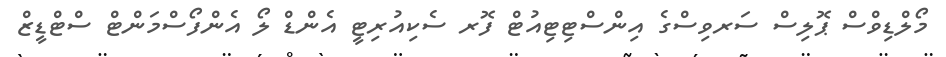
މޯލްޑިވްސް ޕޮލިސް ސަރވިސްގެ އިންސްޓިޓިއުޓް ފޮރ ސެކިއުރިޓީ އެންޑް ލޯ އެންފޯސްމަންޓް ސްޓްޑީޒް